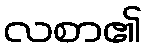
လစာ၏